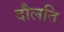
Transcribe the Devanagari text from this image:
दौलति